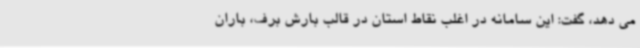
می دهد، گفت: این سامانه در اغلب نقاط استان در قالب بارش برف، باران